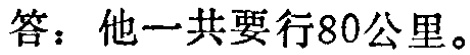
答：他一共要行80公里。